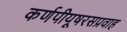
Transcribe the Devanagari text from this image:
कर्णपीयूषरसप्रवाह